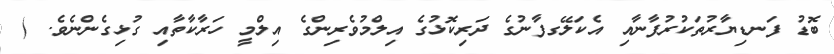
ބޮޑު ފަނޑިޔާރުތަކުރުފާނާއި އެކަލޭގފާނުގެ ދަރިކޮޅުގެ އިލްމުވެރިންގެ އިލްމީ ހަރާކާތާއި ގުޅިގެންނެވެ. (